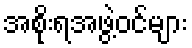
အစိုးရအဖွဲ့ဝင်များ